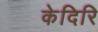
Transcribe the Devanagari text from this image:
केदिरि